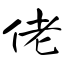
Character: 佬